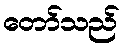
တော်သည်